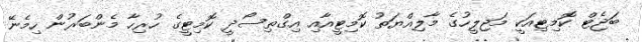
ބަޖެޓް ކޮމިޓިއަކީ މަޖިލީހުގެ މާލިއްޔަތު ކޮމިޓީއާއި އިގްތިސޯދީ ކޮމިޓީގެ ހުރިހާ މެންބަރުން ހިމެނޭ